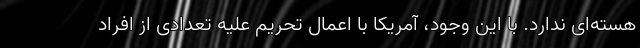
هسته‌ای ندارد. با این وجود، آمریکا با اعمال تحریم علیه تعدادی از افراد